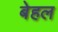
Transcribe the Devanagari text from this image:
बेहल